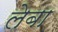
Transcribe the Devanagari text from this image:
लेबा